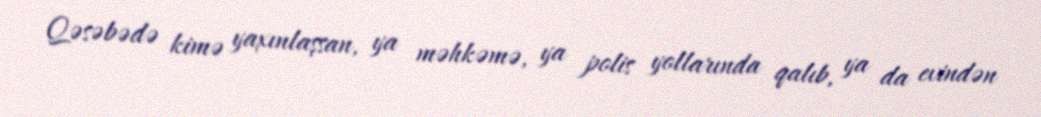
Qəsəbədə kimə yaxınlaşsan, ya məhkəmə, ya polis yollarında qalıb, ya da evindən